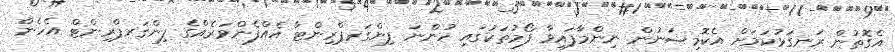
އެގޮތުން ރަނގަޅުކަމަށް އެކޮމިޝަނުން ނިންމާފައިވާ ފޯމުތަކުގައި ހުންނަ ފިންގަރޕްރިންޓާ އެއްފެންވަރެއްގެ ފިންގަރޕްރިންޓް އެހެން